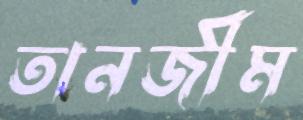
তানজীম